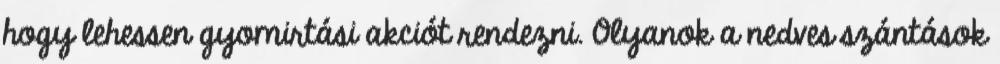
hogy lehessen gyomirtási akciót rendezni. Olyanok a nedves szántások